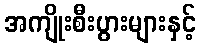
အကျိုးစီးပွားများနှင့်